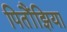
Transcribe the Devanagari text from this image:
पितौंझिया